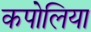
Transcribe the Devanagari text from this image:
कपोलिया